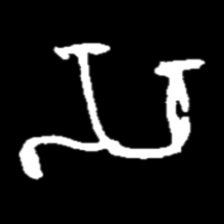
Pyu character \u2014 Myanmar letter: သ (romanized: sa)